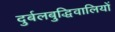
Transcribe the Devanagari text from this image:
दुर्बलबुद्धिवालियों